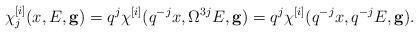
LaTeX: \begin{align*}\chi^{[i]}_j (x,E,{\bf g})= q^j \chi^{[i]}(q^{-j} x, \Omega^{3j}E,{\bf g})= q^j \chi^{[i]}(q^{-j} x, q^{-j}E,{\bf g}) .\end{align*}